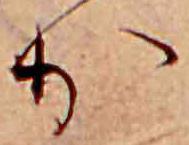
か